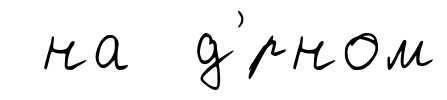
на д'́рном